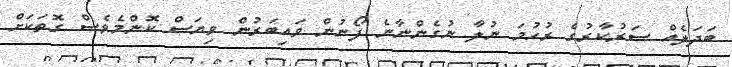
ބަދަލެއް ސަރުކާރުގެ ރުހުމަ ނުލާ ނުގެންނާނެ ފޯނުން ވައިބަރުން ވިޔަސް ކޮންމެވެސް ގޮތަކަށް